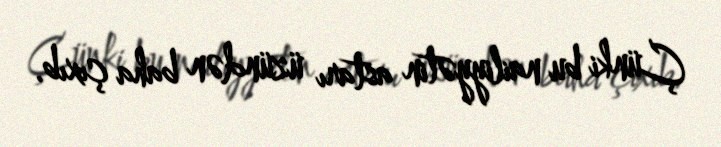
Çünki bu nailiyyətin astarı üzündən baha çıxıb.